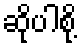
ဆိုပါစို့